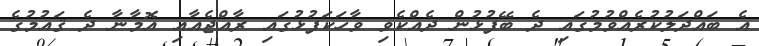
އެ ބައްދަލުކުރެއްވުމުގައި ދެ ބޭފުޅުން ދެއްކެވި ވާހަކަފުޅުގައި ރާއްޖެއާއި އޮމާނާ ދެ ޤައުމުގެ